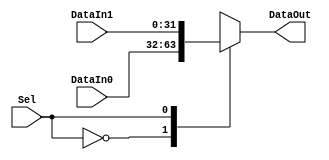
`timescale 1ns / 1ps
//////////////////////////////////////////////////////////////////////////////////
// Company: 
// Engineer: 
// 
// Design Name: 
// Module Name: MUX2to1_6_8_10
// Project Name: 
// Target Devices: 
// Tool Versions: 
// Description: 
// 
// Dependencies: 
// 
// Revision:
// Revision 0.01 - File Created
// Additional Comments:
// 
//////////////////////////////////////////////////////////////////////////////////


module Mux_2to1_Nbit(DataIn0, DataIn1, Sel, DataOut);
    parameter N = 32;
        
    input[N-1:0] DataIn0;
    input[N-1:0] DataIn1;
    input Sel;
    output reg [N-1:0] DataOut;
    always @ (DataIn0, DataIn1, Sel)
    begin
        case(Sel)
            0: DataOut = DataIn0;
            1: DataOut = DataIn1;
        endcase
    end
endmodule